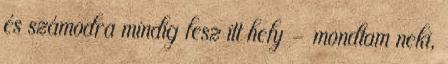
és számodra mindig lesz itt hely - mondtam neki,